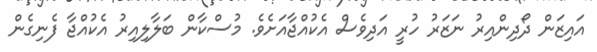
އައިޒަން ދޯދިންއިރު ނަޒަރު ހުރީ އަދިވެސް އެކުއްޖާއަށެވެ. މުސްކާން ބަލާލިއިރު އެކުއްޖާ ފެނިގެން